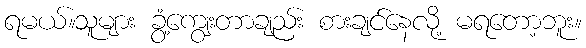
ရမယ်။သူများ ခွံ့ကျွေးတာချည်း စားချင်နေလို့ မရတော့ဘူး။